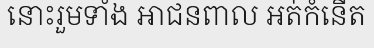
នោះរួមទាំង អាជនពាល អត់កំនើត